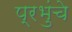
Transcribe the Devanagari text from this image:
प्रभुंचे